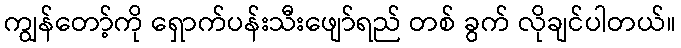
ကျွန်တော့်ကို ရှောက်ပန်းသီးဖျော်ရည် တစ် ခွက် လိုချင်ပါတယ်။